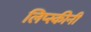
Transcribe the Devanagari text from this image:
लिप्स्कीनी